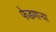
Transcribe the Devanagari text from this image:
फेडणाऱ्या